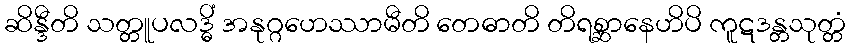
ဆိန္ဒီတိ သတ္တူပလဒ္ဓိံ အနုဂ္ဂဟေဿာမီတိ တေဓာတိ တိရစ္ဆာနေဟိပိ ကူဋဒန္တသုတ္တံ